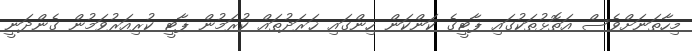
މިހާތަނަށްވެސް އަތޮޅުތަކުގައި ޕާޓީގެ ކަންކަން ހިންގައި ޚަރަދުތައް ކުރަމުން ޕާޓީ ކުރިއަރުވަމުން ގެންދަނީ